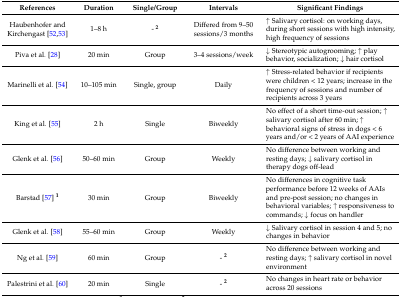
| References | Duration | Single/Group | Intervals | Significant Findings |
 | --- | --- | --- | --- | --- |
 | Haubenhofer and Kirchengast [52,53] | 1–8 h | - 2 | Differed from 9–50 sessions/3 months | ↑ Salivary cortisol: on working days, during short sessions with high intensity, high frequency of sessions |
 | Piva et al. [28] | 20 min | Group | 3–4 sessions/week | ↓ Stereotypic autogrooming; ↑ play behavior, socialization; ↓ hair cortisol |
 | Marinelli et al. [54] | 10–105 min | Single, group | Daily | ↑ Stress-related behavior if recipients were children < 12 years; increase in the frequency of sessions and number of recipients across 3 years |
 | King et al. [55] | 2 h | Single | Biweekly | No effect of a short time-out session; ↑ salivary cortisol after 60 min; ↑ behavioral signs of stress in dogs < 6 years and/or < 2 years of AAI experience |
 | Glenk et al. [56] | 50–60 min | Group | Weekly | No difference between working and resting days; ↓ salivary cortisol in therapy dogs off-lead |
 | Barstad [57] 1 | 30 min | Group | Biweekly | No differences in cognitive task performance before 12 weeks of AAIs and pre-post session; no changes in behavioral variables; ↑ responsiveness to commands; ↓ focus on handler |
 | Glenk et al. [58] | 55–60 min | Group | Weekly | ↓ Salivary cortisol in session 4 and 5; no changes in behavior |
 | Ng et al. [59] | 60 min | Group | - 2 | No difference between working and resting days; ↑ salivary cortisol in novel environment |
 | Palestrini et al. [60] | 20 min | Single | - 2 | No changes in heart rate or behavior across 20 sessions |